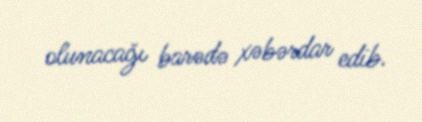
olunacağı barədə xəbərdar edib.